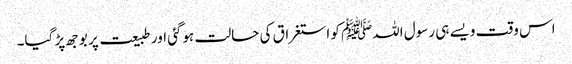
اس وقت ویسے ہی رسول اللہﷺ کو استغراق کی حالت ہوگئی اور طبیعت پر بوجھ پڑ گیا۔